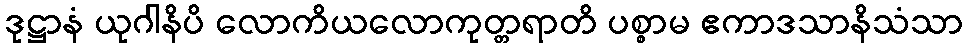
ဒုဋ္ဌာနံ ယုဂါနိပိ လောကိယလောကုတ္တရာတိ ပစ္စာမ ဧကာဒသာနိသံသာ